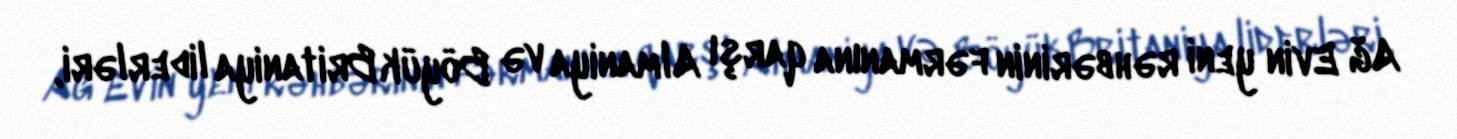
Ağ Evin yeni rəhbərinin fərmanına qarşı Almaniya və Böyük Britaniya liderləri,